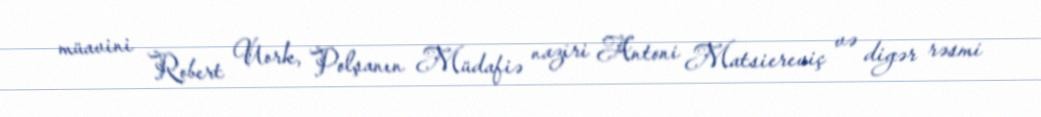
müavini Robert Uork, Polşanın Müdafiə naziri Antoni Matsiereviç və digər rəsmi